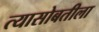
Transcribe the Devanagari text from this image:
त्यासोबतीला